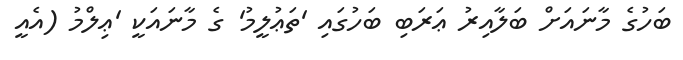
ބަހުގެ މާނައަށް ބަލާއިރު ޢަރަބި ބަހުގައި 'ތަޢުލީމު' ގެ މާނައަކީ 'ޢިލްމު (އެއީ